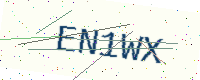
Text: EN1WX